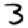
Digit: 3